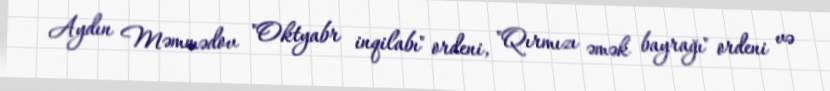
Aydın Məmmədov "Oktyabr inqilabı" ordeni, "Qırmızı əmək bayrağı" ordeni və